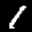
Digit: 1